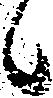
候